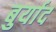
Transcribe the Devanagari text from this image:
बुर्याद